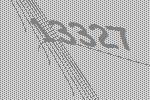
13327